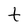
Character: t